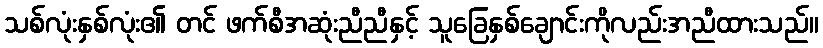
သစ်လုံးနှစ်လုံး၏ တင် ဖက်စီအဆုံးညီညီနှင့် သူခြေနှစ်ချောင်းကိုလည်းအညီထားသည်။